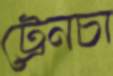
ট্রেনচা